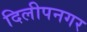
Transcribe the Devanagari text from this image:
दिलीपनगर